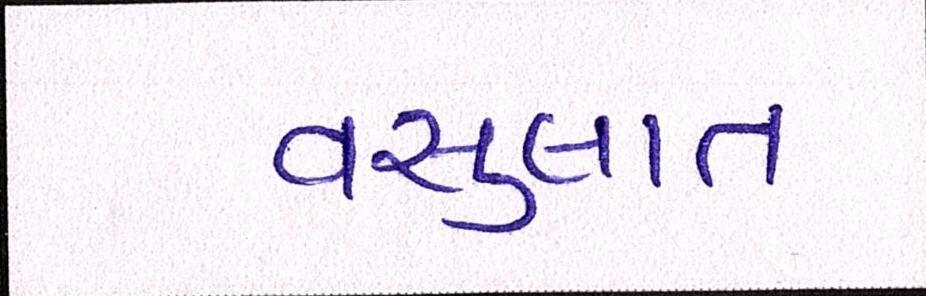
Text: વસુલાત